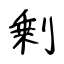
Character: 剰